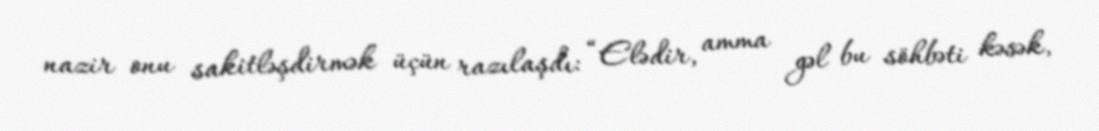
nazir onu sakitləşdirmək üçün razılaşdı: “Elədir, amma gəl bu söhbəti kəsək,